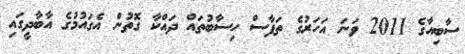
ސާބިއާގެ 2011 ވަނަ އަހަރުގެ ތަފާސް ހިސާބުތައް ދައްކާ ގޮތުން އެގައުމުގެ އާބާދީގައި